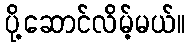
ပို့ဆောင်လိမ့်မယ်။